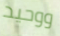
ووحيد